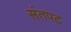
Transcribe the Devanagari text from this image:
संतपट